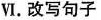
Ⅵ.改写句子